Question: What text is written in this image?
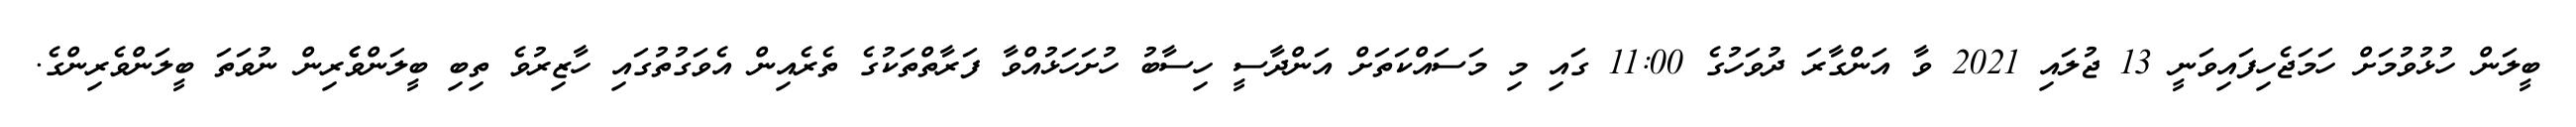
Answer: ބީލަން ހުޅުވުމަށް ހަމަޖެހިފައިވަނީ 13 ޖުލައި 2021 ވާ އަންގާރަ ދުވަހުގެ 11:00 ގައި މި މަސައްކަތަށް އަންދާސީ ހިސާބު ހުށަހަޅުއްވާ ފަރާތްތަކުގެ ތެރެއިން އެވަގުތުގައި ހާޒިރުވެ ތިބި ބީލަންވެެރިން ނުވަތަ ބީލަންވެރިންގެ.